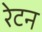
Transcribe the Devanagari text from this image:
रेटन